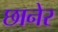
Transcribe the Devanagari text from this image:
छानेर